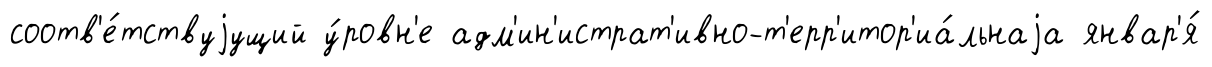
соотв'е́тствуjущий у́ровн'е адм'ин'истрат'ивно-т'ерр'итор'иа́льнаjа январ'я́